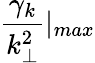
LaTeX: \frac{\gamma_{k}}{k_{\perp}^{2}}|_{max}